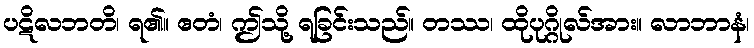
ပဋိလဘတိ၊ ရ၏။ ဧတံ၊ ဤသို့ ရခြင်းသည်။ တဿ၊ ထိုပုဂ္ဂိုလ်အား။ လာဘာနံ၊